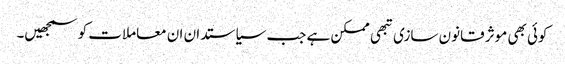
کوئی بھی موثر قانون سازی تبھی ممکن ہے جب سیاستدان ان معاملات کو سمجھیں۔